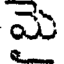
మె